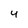
Character: 4